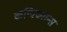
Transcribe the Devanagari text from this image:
कन्विक्शन्स